Vabadussoja_Ajaloo_Komitee, lk 91
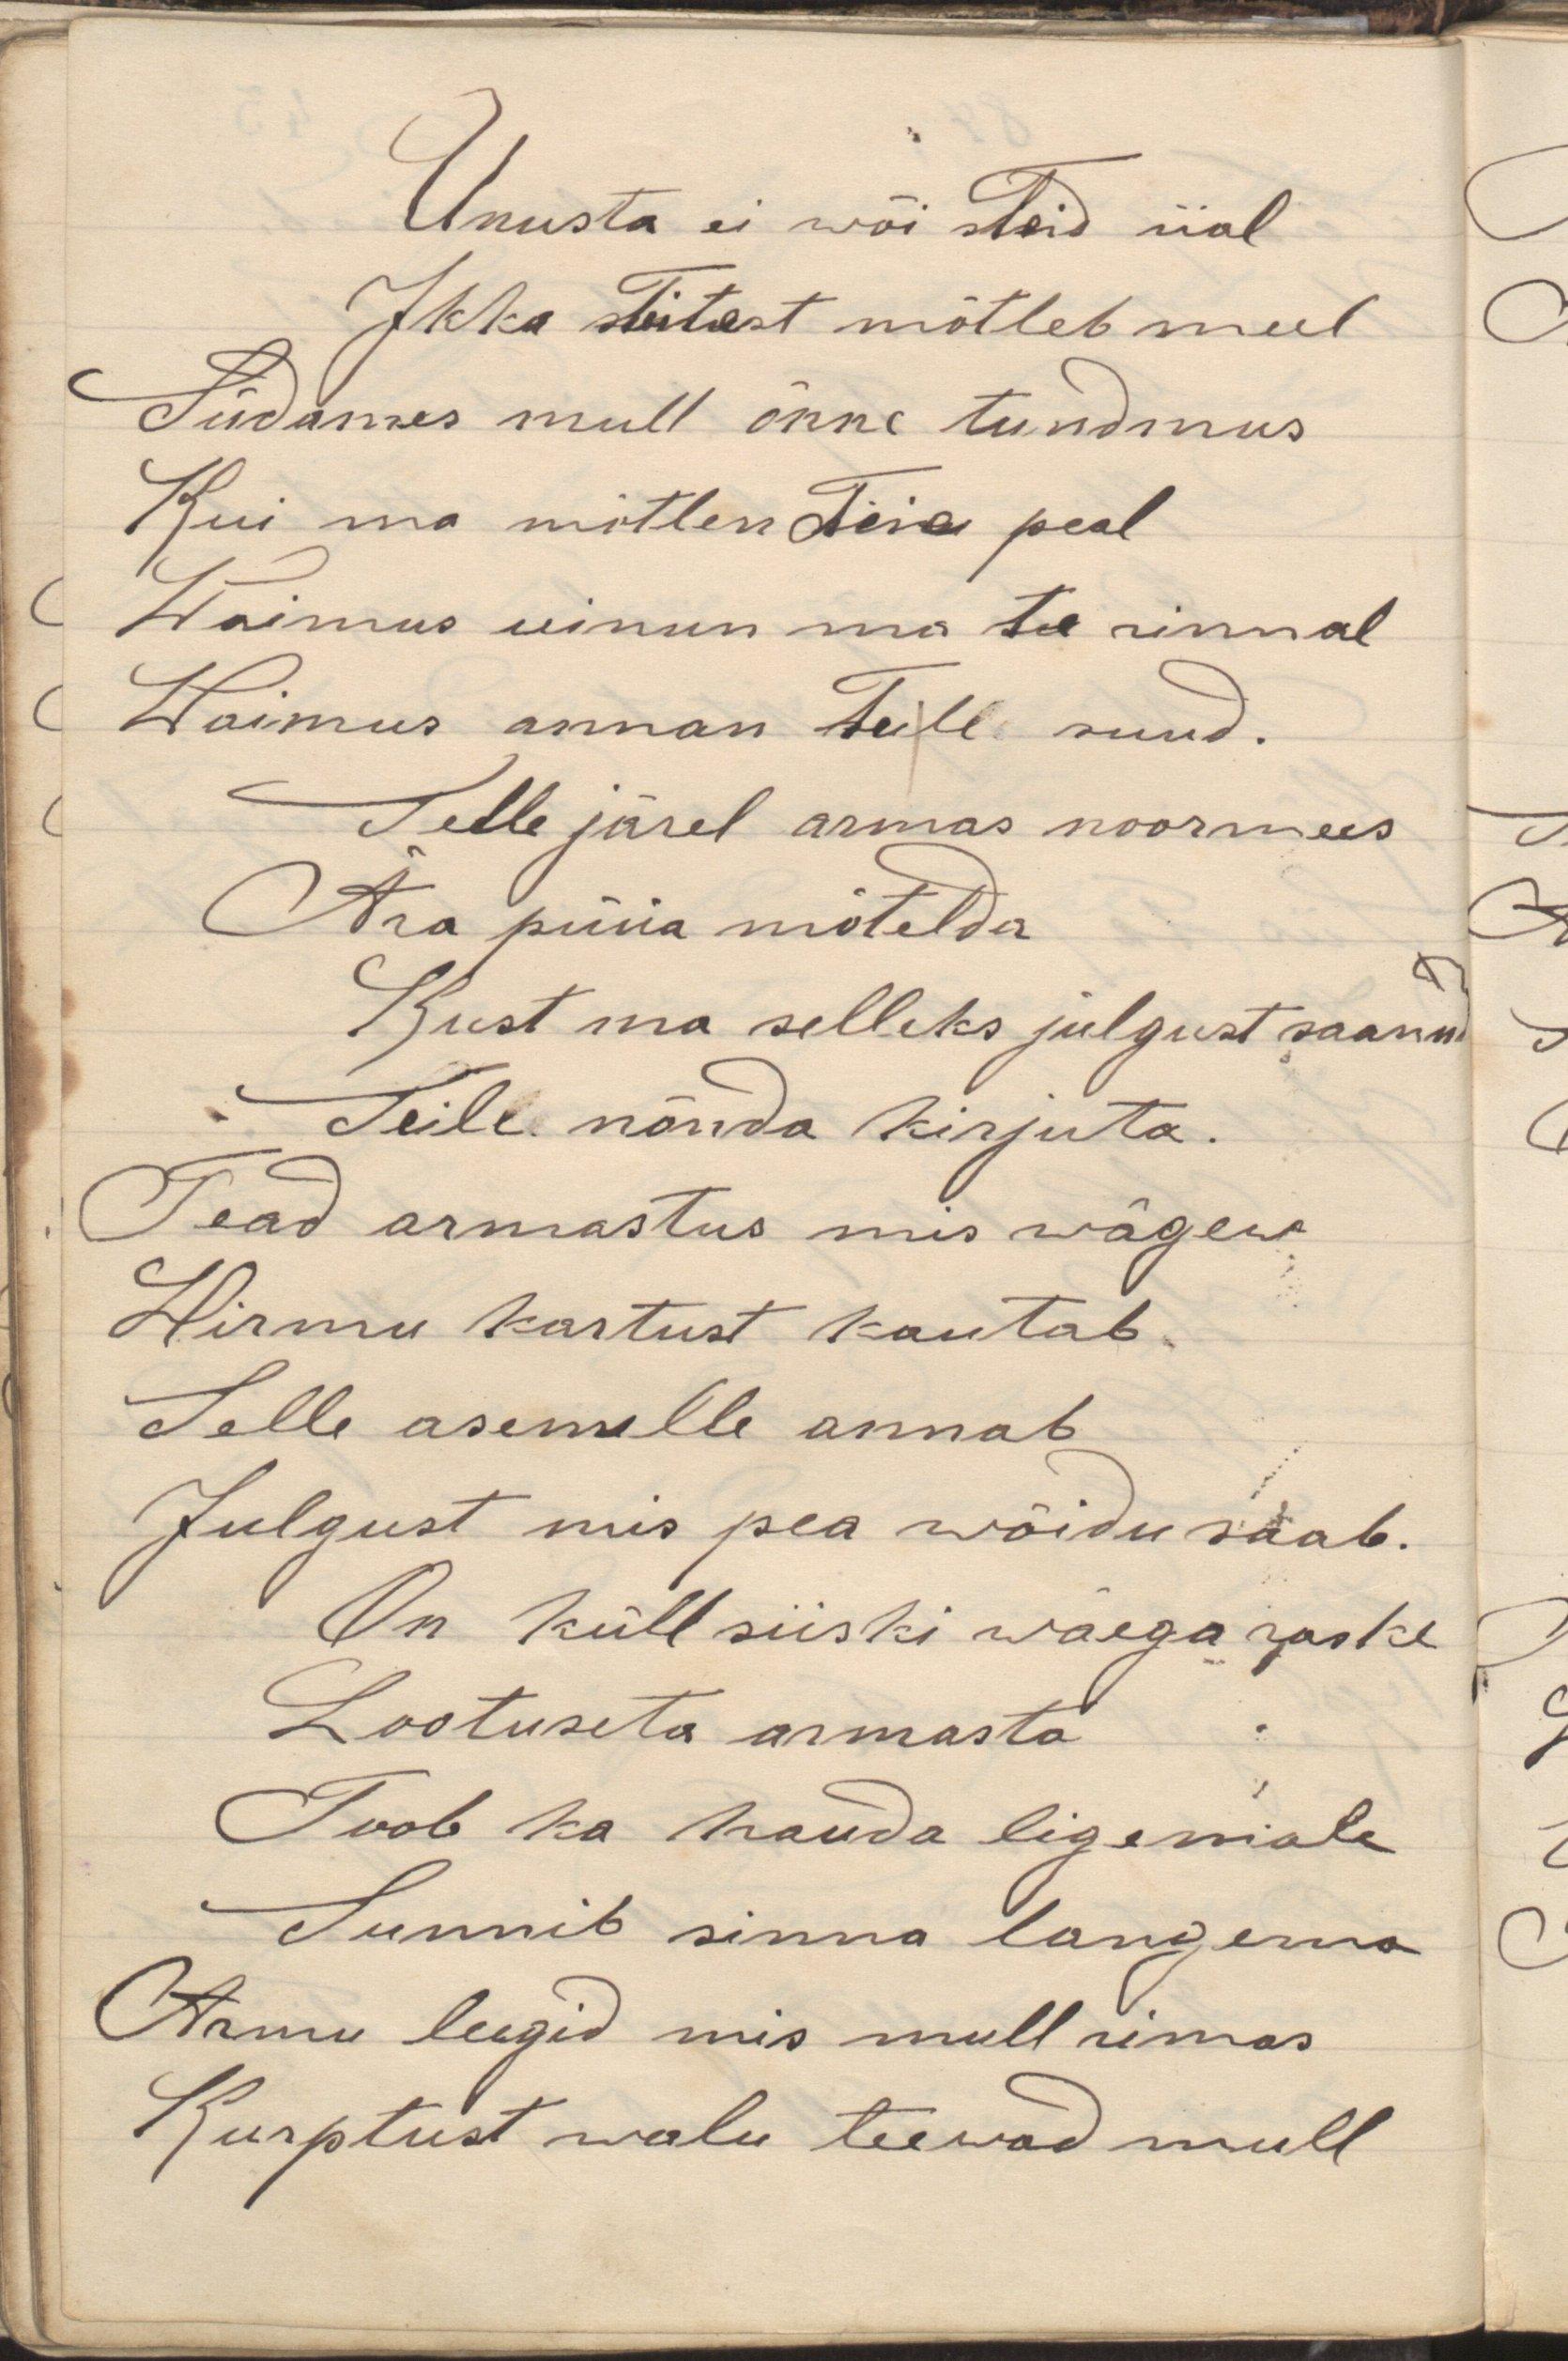
Unusta ei wõi Teid iial
Ikka Teitest mõtleb meel
Südames mull õnne tundmus
Kui ma mõtlen Teie peal
Waimus uinun ma Te rinnal
Waimus annan Teile suud.
Selle järel armas noormees
Ära püüa mõtelda
Kust ma selleks julgust saanud
Teile nõnda kirjuta.
Tead armastus mis wägew
Hirmu kartust kautab
Selle asemele annab
Julgust mis pea wõidu saab.
On küll siiski wäega raske
Lootusetu armasta
Toob ka hauda ligemale
Sunnib sinna langema
Armu leegid mis mull rinnas
Kurptust walu teewad mull